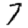
Digit: 7